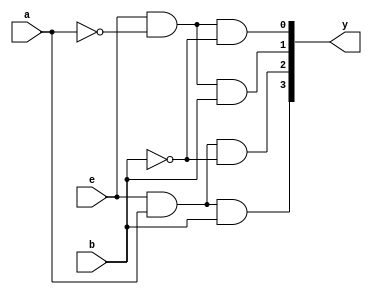
/* Decoder 2x4 with active high enable*/

module decoder_2_4 (a,b,e,y);

	input a,b,e;
	output [3:0]y;

	assign y[0]= e &(~a)&(~b);	
	assign y[1]= e &(~a)& b;
	assign y[2]= e& a & (~b);
	assign y[3]=e & a & b;

endmodule